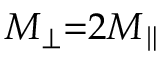
M _ { \perp } { = } 2 M _ { \parallel }